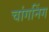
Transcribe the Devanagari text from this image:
चांगनिंग